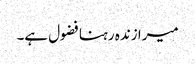
میرا زندہ رہنا فضول ہے۔